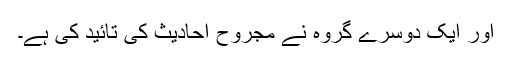
اور ایک دوسرے گروہ نے مجروح احادیث کی تائید کی ہے۔